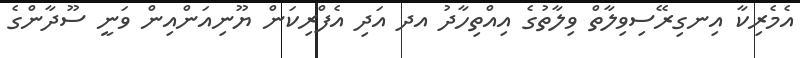
އެމެރިކާ އިނގިރޭސިވިލާތް ވިލާތުގެ އިއްތިހާދު އދ އަދި އެފްރިކަން ޔޫނިއަންއިން ވަނީ ސޫދާންގެ